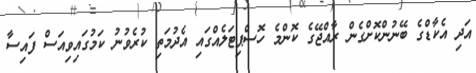
އަދި އެކާޑްގެ ބޭނުންކޮށްގެން ރާއްޖޭގެ ކޮންމެ ހޮސްޕިޓަލެއްގައި އެދުމަތި ކުރެވުނު ކަމުގައިވިއަސް ފައިސާ